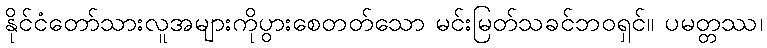
နိုင်ငံတော်သားလူအများကိုပွားစေတတ်သော မင်းမြတ်သခင်ဘဝရှင်။ ပမတ္တဿ၊